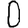
Digit: 0